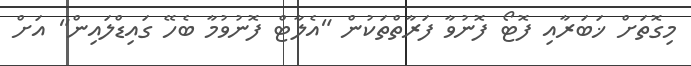
މިގޮތަށް ޚަބަރާއި ފޮޓޯ ފޮނުވާ ފަރާތްތަކުން "އެލާޓް ފޮނުވުމާ ބެހޭ ގައިޑްލައިން" އަށް